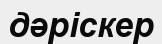
дәріскер